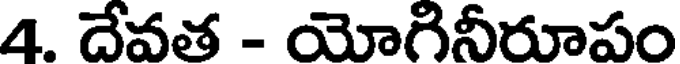
4. దేవత - యోగినీరూపం